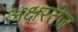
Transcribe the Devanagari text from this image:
अक्षरतेज